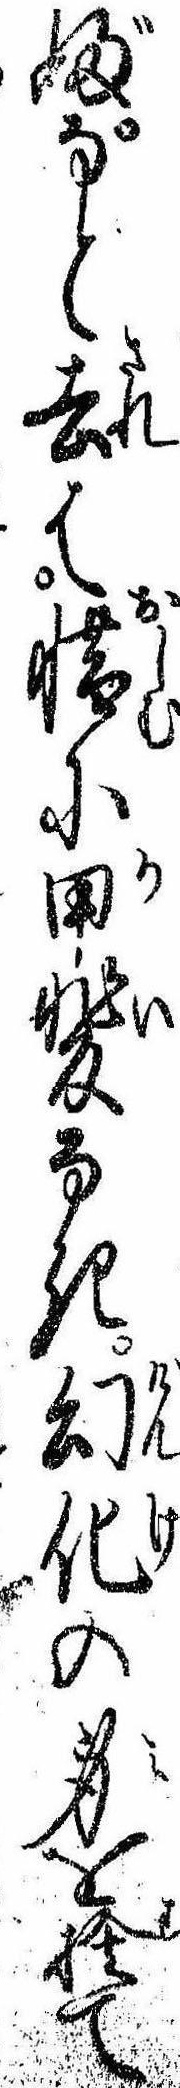
ぶなど去は惜に甲斐なき幻化の身を捨て